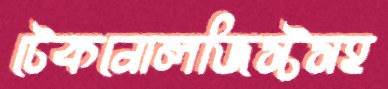
টেকনোলজিস্টসহ